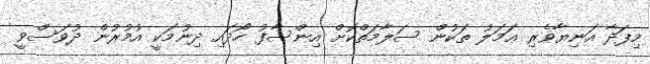
މިފަދާ އަނިޔާވެރި ޢަމަލު ތަކުން ސަލާމަތްކޮށް އިންސާފު ހޯދައި ދިނުމަކީ އުމުރުން ދުވަސްވީ